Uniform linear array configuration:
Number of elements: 64
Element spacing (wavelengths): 0.5
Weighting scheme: exponential
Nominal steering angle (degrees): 15
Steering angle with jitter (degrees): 15.007
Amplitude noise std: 0.05
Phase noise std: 0.05

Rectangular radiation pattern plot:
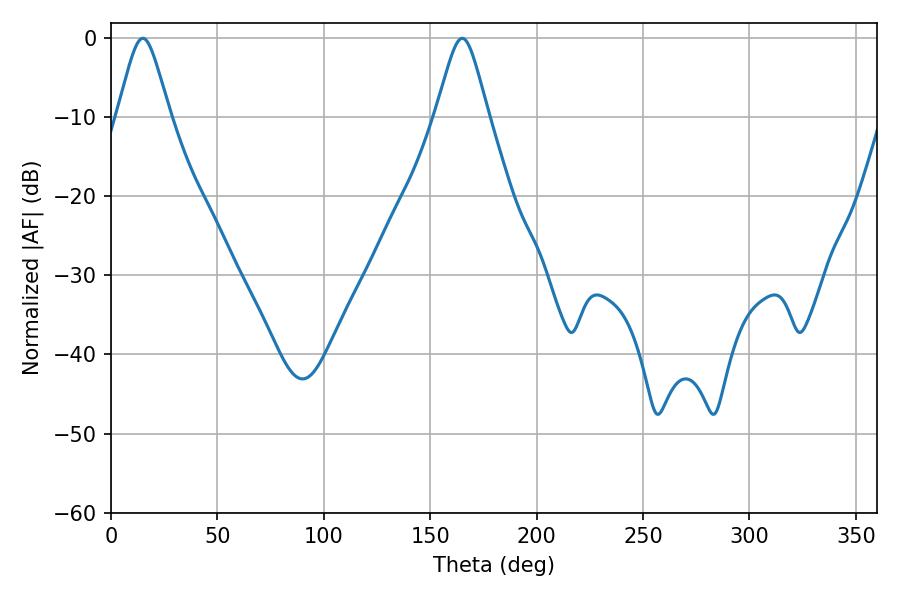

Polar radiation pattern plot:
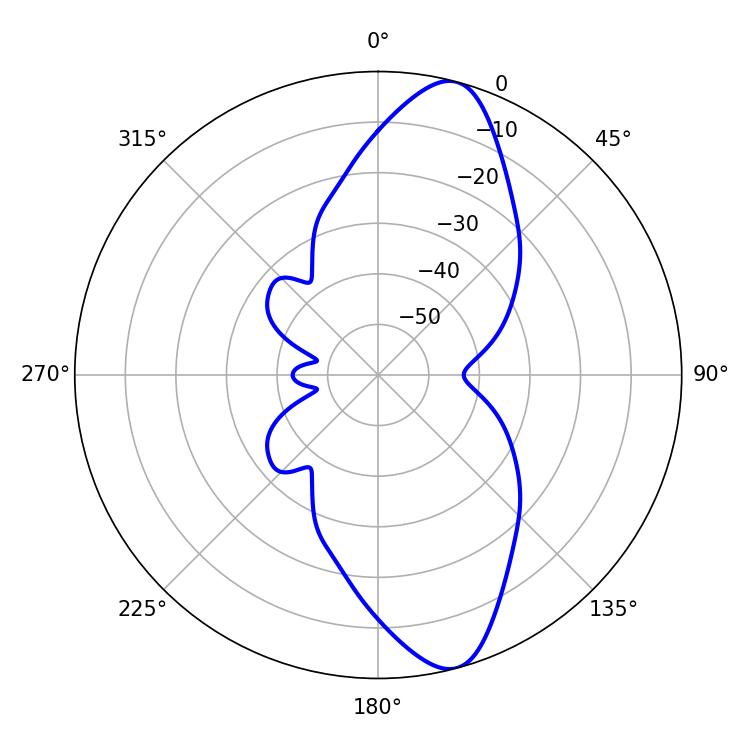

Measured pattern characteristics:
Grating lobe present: FALSE
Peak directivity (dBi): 11.787
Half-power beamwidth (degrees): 11.88
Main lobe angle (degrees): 14.94